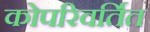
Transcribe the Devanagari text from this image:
कोपरिवर्तित